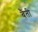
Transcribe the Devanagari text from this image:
बैंती